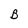
Character: B